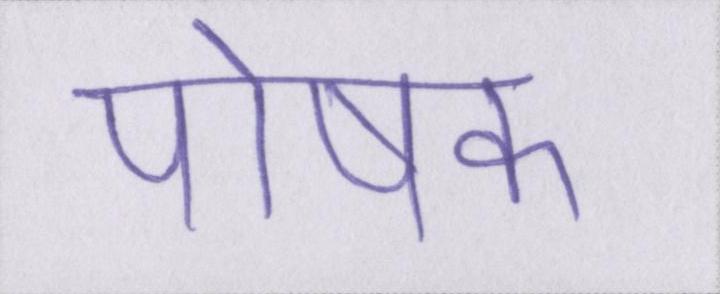
पोषक